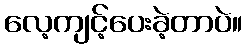
လေ့ကျင့်ပေးခဲ့တာပဲ။